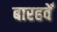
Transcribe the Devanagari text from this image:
बारहवेँ